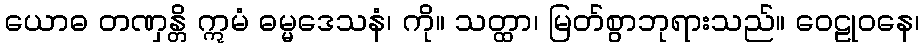
ယောဓ တဏှန္တိ ဣမံ ဓမ္မဒေသနံ၊ ကို။ သတ္ထာ၊ မြတ်စွာဘုရားသည်။ ဝေဠုဝနေ၊